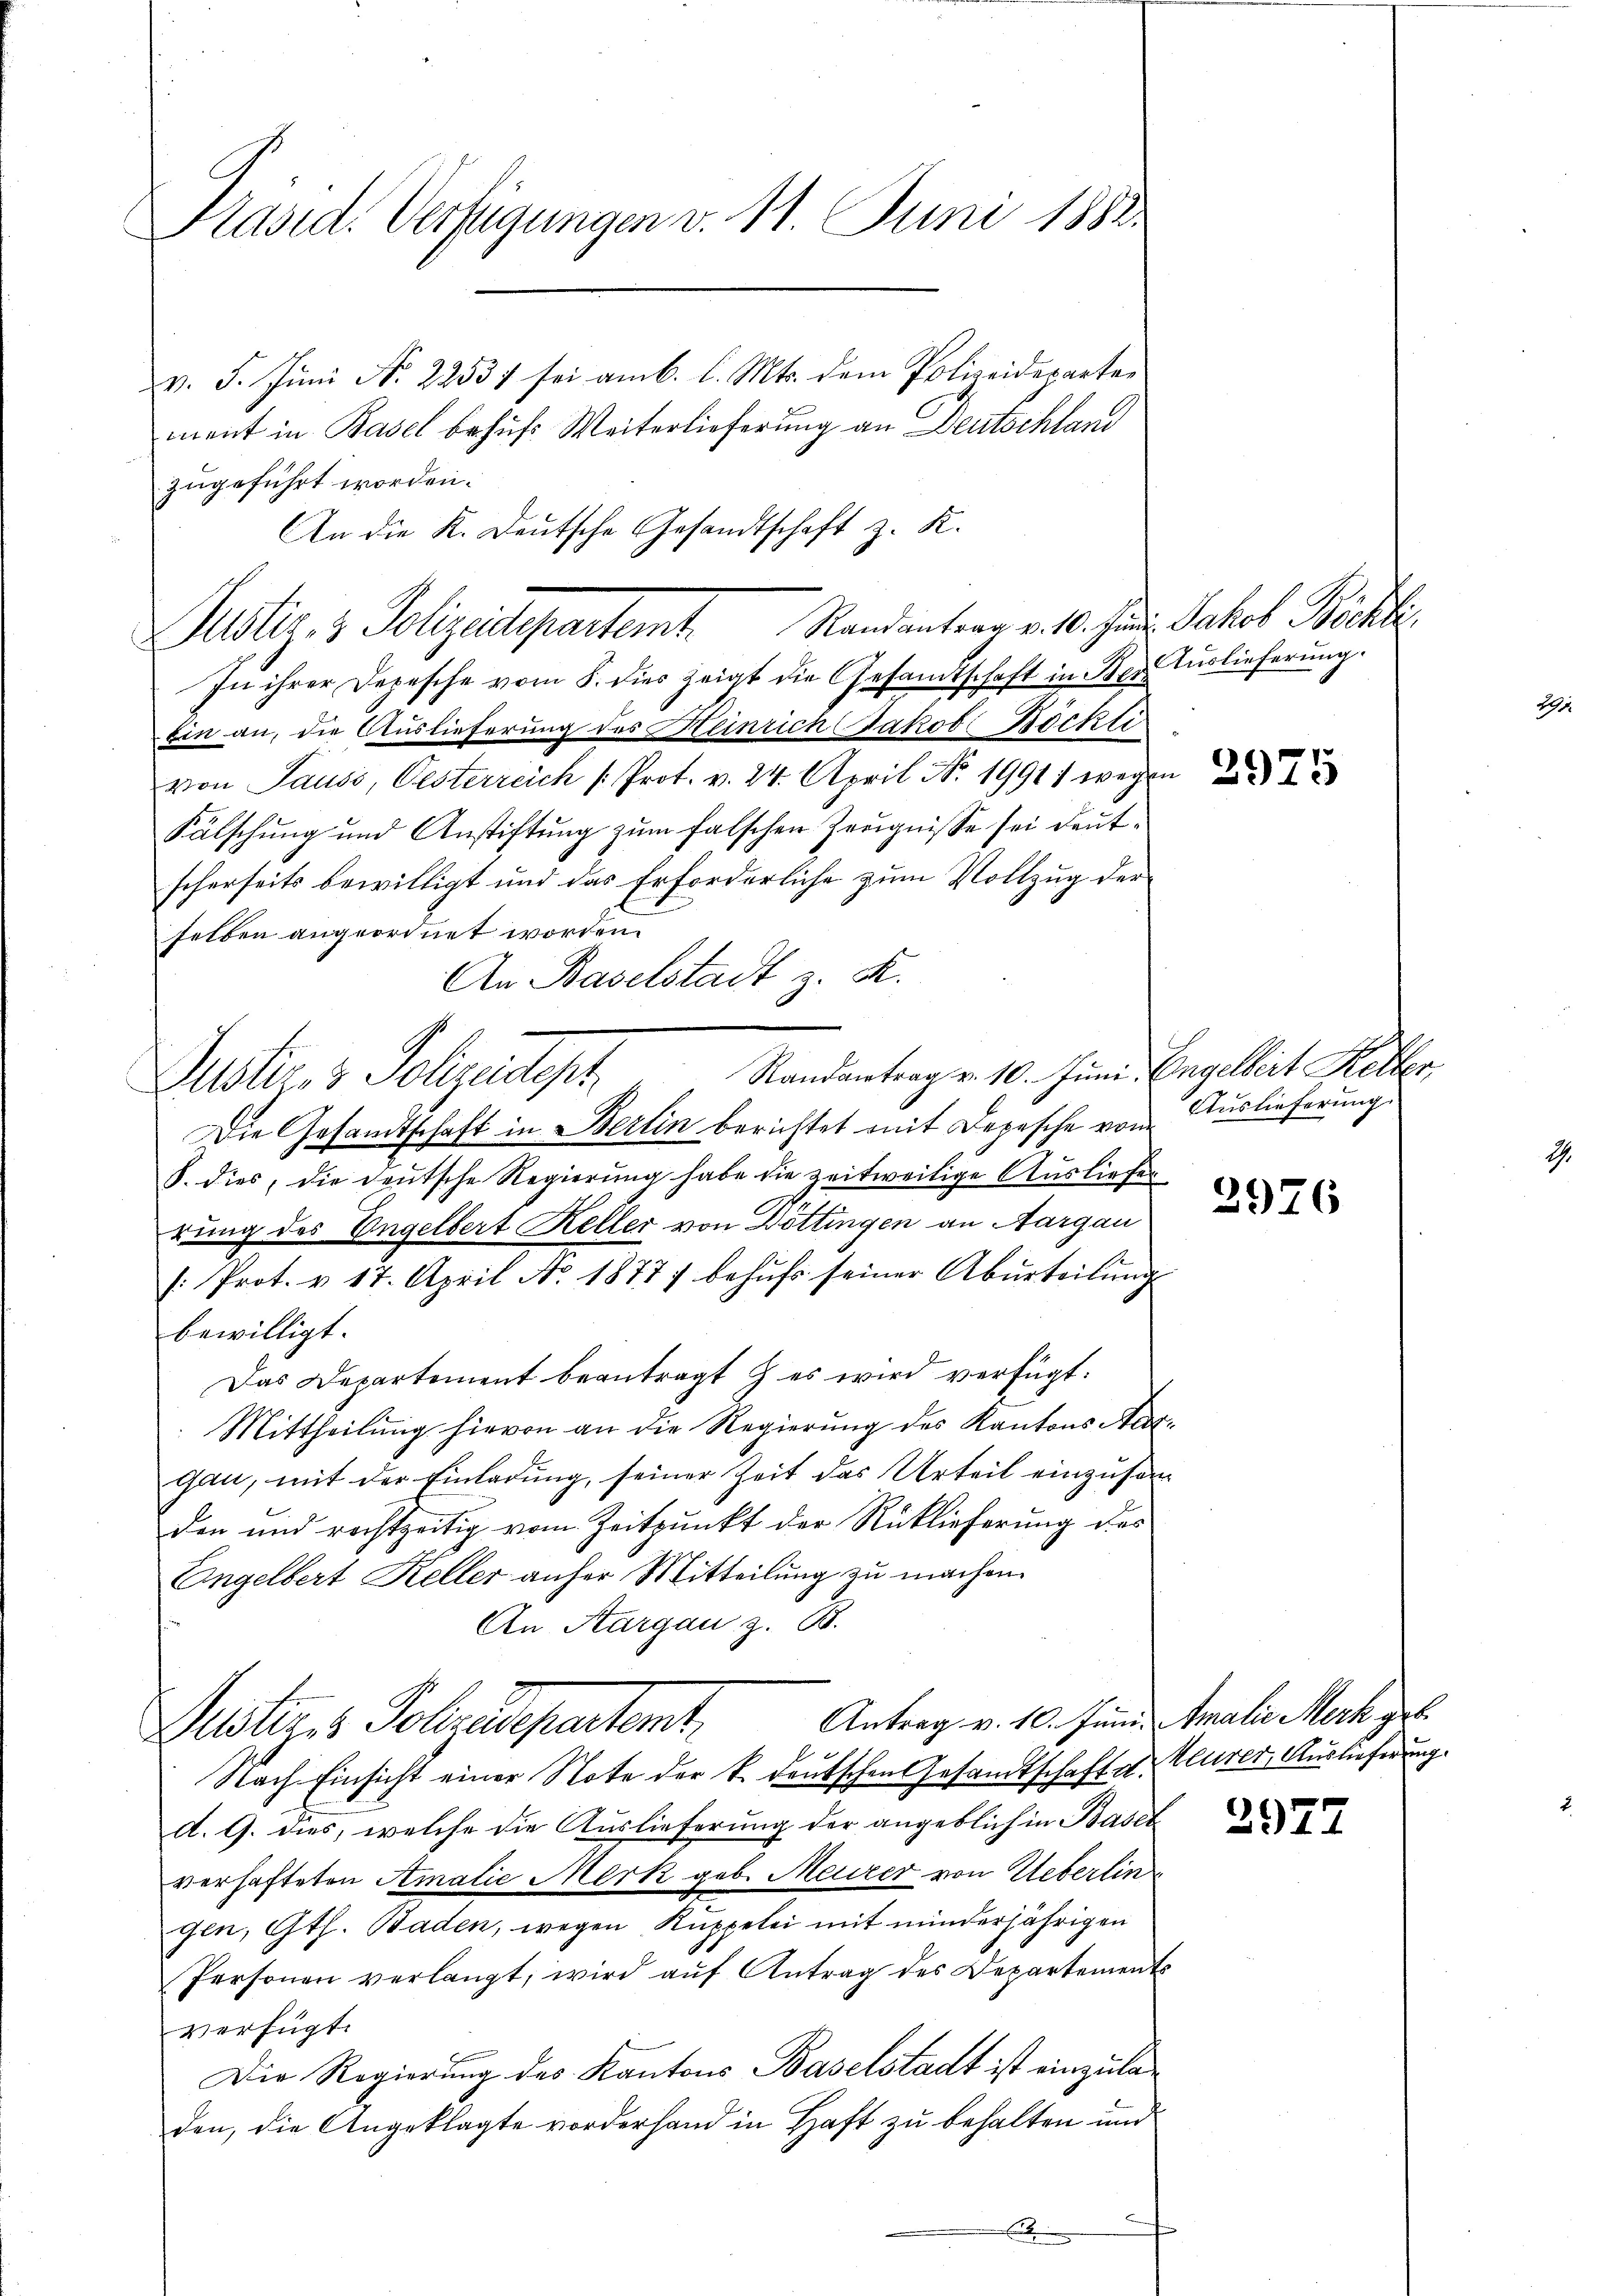
Präsid. Verfügungen v. 11. Juni 1882.
v. 5. Jŭni No 22531 sei am 6. l. Mts. dem Polizeiderarten
ment in Basel behufs Weiterlieferung an Deutschland

zugeführt worden.
An die K. Deutsche Gesandtschaft z. R.

Justiz- & Polizeidepartemt. Randantrag v. 10. Jan. Jakob Böckli

In ihrer Depesche vom 8. dies zeigt die Gesamtschaft in Bei Auslieferŭng.
Ein an, die Auslieferung des Heinrich Jakob Böckli
von Sauss, Oesterreich [Prot. v. 24. April Nr. 19911 wegen
Kälschung und Anstiftung zum falschen Zeugnisse sei deutscherseits bewilligt und das Erforderliche zum Vollzug der
selben angeordnet worden.
An Baselstadt z. K.
Randantrag v. 10. Juni Engelbert Kelter
Justiz- & Polizeitigt,
Die Gesandtschaft in Berlin berichtet mit Depesche vom Auslieferung.
S. dies, die deutsche Regierung habe die zeitweilige Ausliefer
rung des Engelbert Keller von Dottingen an Aargau
/Prot. v. 17. April No. 1877) behŭfs seiner Abŭrteilŭng
bewilligt.
Das Departement beantragt & es wird verfügt:
Mittheilŭng hievon an die Regierŭng des Kantons Nat.
gau, mit der Einladung, seiner Zeit das Urteil einzusamden und rechtzeitig vom Zeitpunkt der Rücklieferung des
Engelbert Keller anher Mitteilung zu machen.
An Aargau z. B.
Antrag v. 10. Juni. Amalie Merk geb.
Alsters Sollendepartamt,
Nach Einsicht einer Note der k. deutschen Gesamtschaft a. Heurer, Auslieferung.
d. G. dies, welche die Auslieferung der angeblich in Basel
verhafteten Amalie Merk geb. Meizer von Ueberlin
gen, Gth. Baden, wegen Kuppelei mit minderjährigen
Personen verlangt, wird auf Antrag des Departements
verfügt:
Die Regierung des Kantons Baselstadt ist einzuladen, die Angeklagte vorderhand in Haft zu behalten und
.

2975

2976

2977